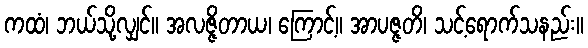
ကထံ၊ ဘယ်သို့လျှင်။ အလဇ္ဇိတာယ၊ ကြောင့်။ အာပဇ္ဇတိ၊ သင့်ရောက်သနည်း။